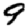
Digit: 9